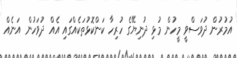
އުމުރުން ދުވަސްވީ މީހުން މުޅި ދުނިޔޭގެ ހުރިހާ ކަންކޮޅުތަކެއްގައި އެއް ދުވަހުން އަނެއް